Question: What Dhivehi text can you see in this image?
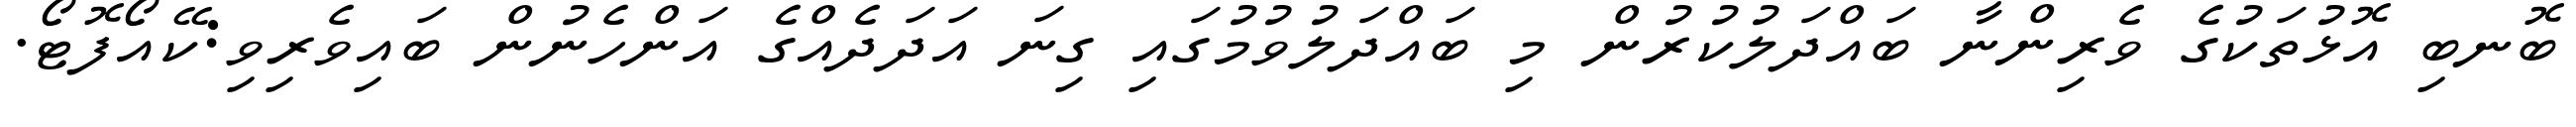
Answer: ބޮނބި އޮޅުތަކުގެ ވެރިންނާ ބައްދަލުކުރުން މި ބައްދަލުވުމުގައި ގިނަ އަދަދެއްގެ އަންހެނުން ބައިވެރިވި:ކޭއޯފޮޓޯ.